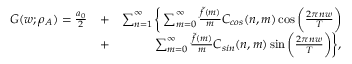
\begin{array} { r l r } { G ( w ; \rho _ { A } ) = \frac { a _ { 0 } } { 2 } } & { + } & { \sum _ { n = 1 } ^ { \infty } \bigg \{ \sum _ { m = 0 } ^ { \infty } \frac { \tilde { f } ( m ) } { m } C _ { c o s } ( n , m ) \cos { \bigg ( \frac { 2 \pi n w } { T } \bigg ) } } \\ & { + } & { \sum _ { m = 0 } ^ { \infty } \frac { \tilde { f } ( m ) } { m } C _ { s i n } ( n , m ) \sin { \bigg ( \frac { 2 \pi n w } { T } \bigg ) } \bigg \} , } \end{array}